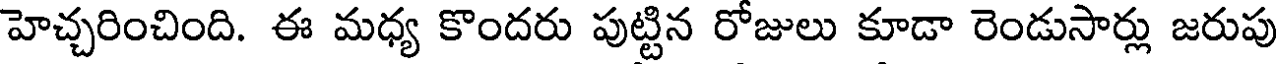
హెచ్చరించింది. ఈ మధ్య కొందరు పుట్టిన రోజులు కూడా రెండుసార్లు జరుపు